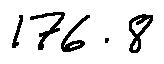
1 7 6 . 8